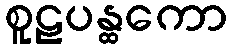
စူဠပန္ထကော